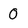
Character: 0